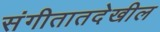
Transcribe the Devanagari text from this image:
संगीतातदेखील